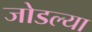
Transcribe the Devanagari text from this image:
जोडल्‍या